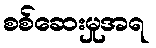
စစ်ဆေးမှုအရ